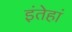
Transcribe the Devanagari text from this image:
इंतेहां